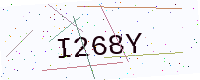
Text: I268Y